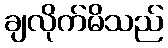
ချလိုက်မိသည်